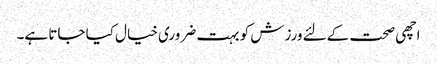
اچھی صحت کےلئے ورزش کو بہت ضروری خیال کیا جاتا ہے۔